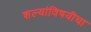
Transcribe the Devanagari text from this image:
शल्यांविषयीचा